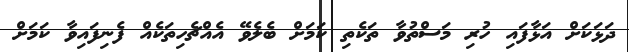
ދަޅަކަށް އަޅާފައި ހުރި މަސްތުވާ ތަކެތި ކަމަށް ބެލެވޭ އެއްޗެހިތަކެއް ފެނިފައިވާ ކަމަށް